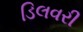
ડિલવરી